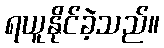
ရယူနိုင်ခဲ့သည်။